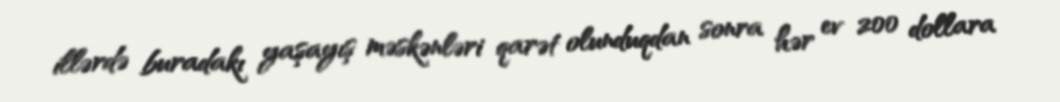
illərdə buradakı yaşayış məskənləri qarət olunduqdan sonra hər ev 200 dollara